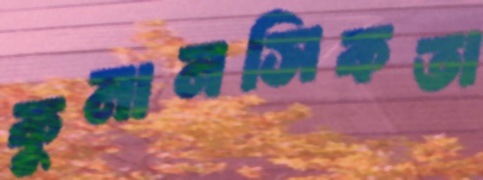
কুমানসিকতা